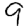
Digit: 9